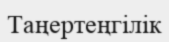
Таңертеңгілік